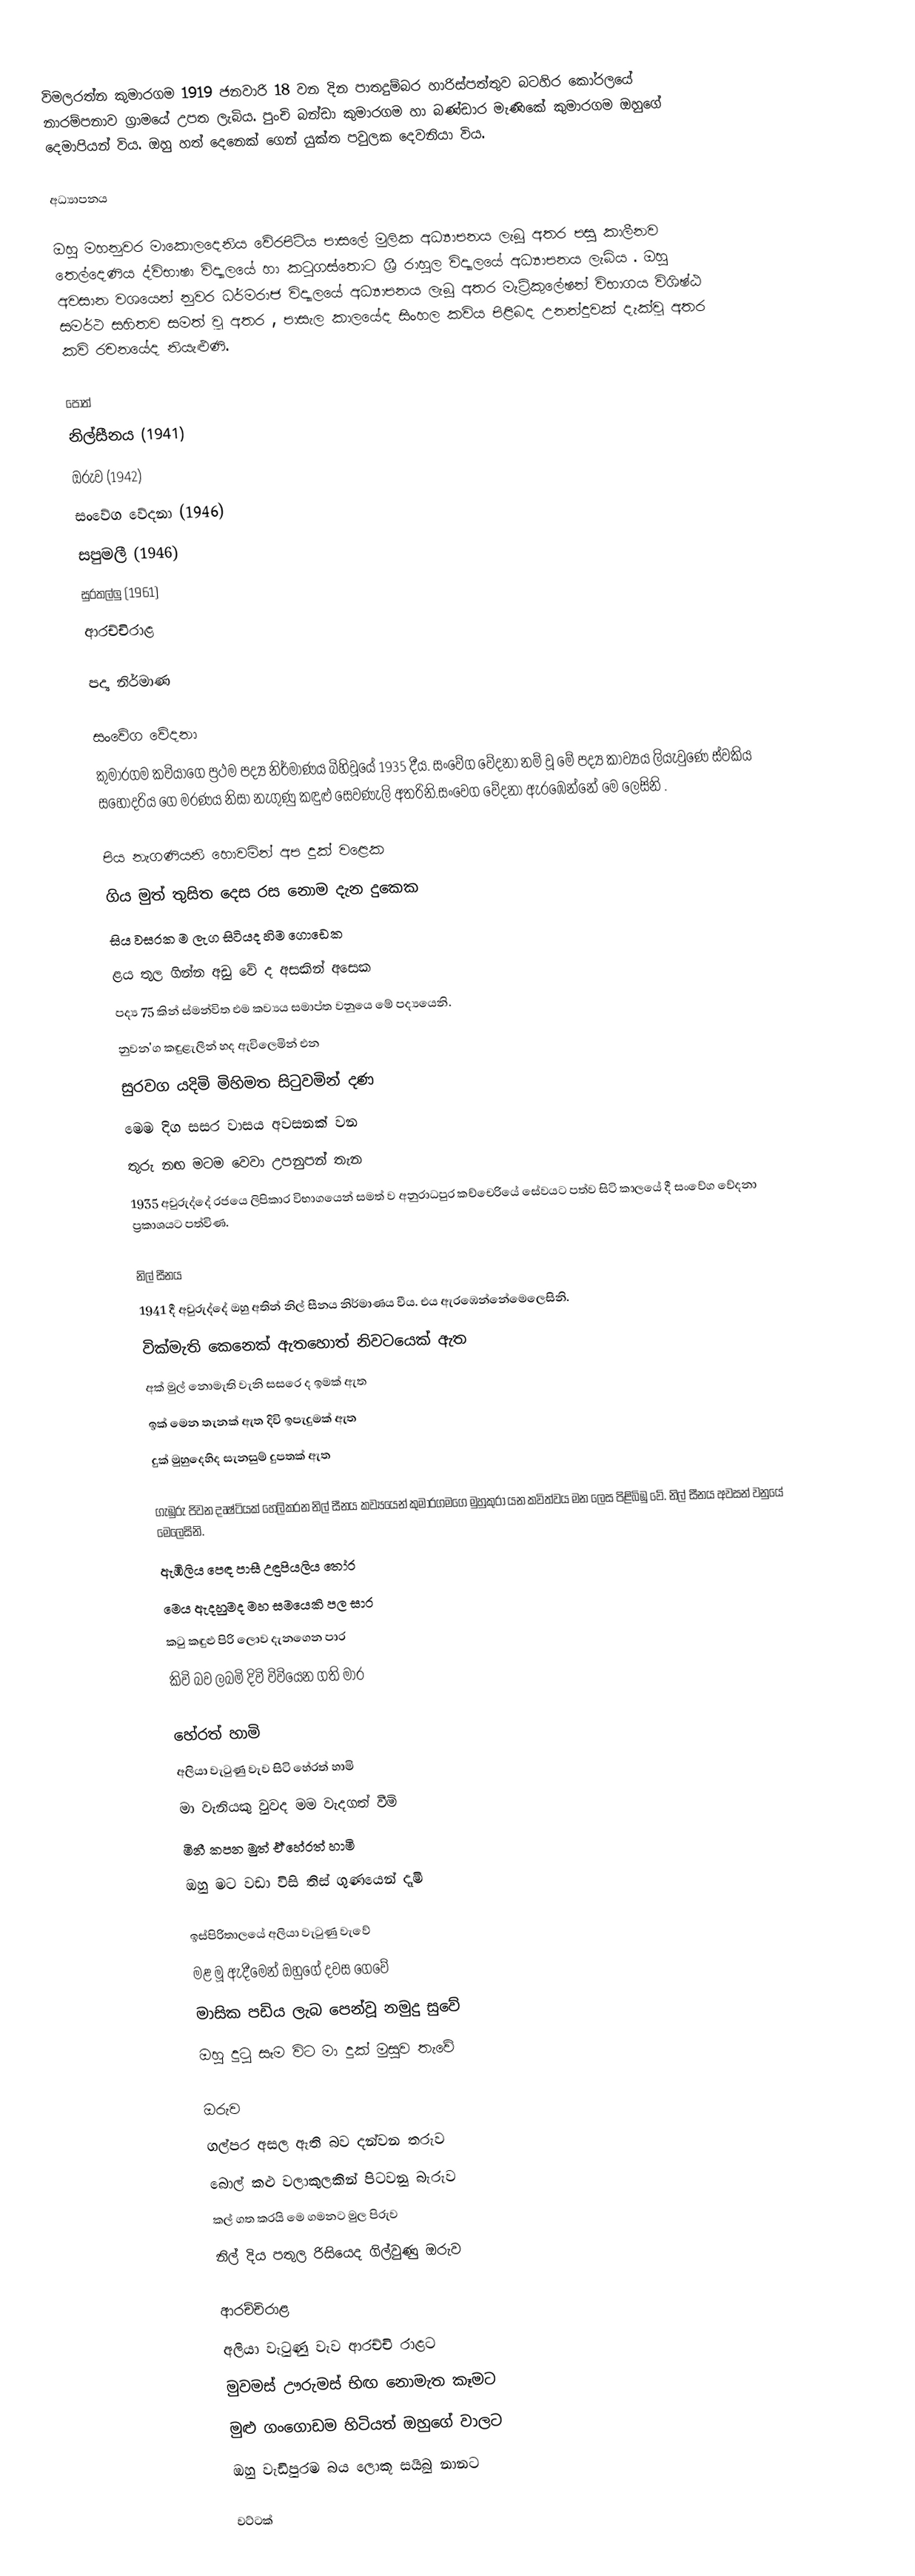
විමලරත්න කුමාරගම 1919 ජනවාරි 18 වන දින පාතදුම්බර හාරිස්පත්තුව  බටහිර කෝරලයේ නාරම්පනාව ග්‍රාමයේ උපත ලැබිය. පුංචි බන්ඩා කුමාරගම හා බණ්ඩාර මැණිකේ කුමාරගම ඔහුගේ දෙමාපියන් විය. ඔහු හත් දෙනෙක් ගෙන් යුක්ත පවුලක දෙවනියා විය.

අධ්‍යාපනය

ඔහු මහනුවර මාකොලදෙනිය වේරපිටිය පාසලේ මුලික අධ්‍යාපනය ලැබූ අතර පසු කාලීනව තෙල්දෙණිය ද්විභාෂා විද්‍යාලයේ හා කටුගස්තොට ශ්‍රී රාහුල විද්‍යාලයේ අධ්‍යාපනය ලැබිය . ඔහු අවසාන වශයෙන් නුවර ධර්මරාජ විද්‍යාලයේ අධ්‍යාපනය ලැබූ අතර මැට්‍රිකුලේෂන් විභාගය විශිෂ්ඨ සමර්ථ සහිතව සමත් වූ අතර , පාසැල කාලයේද සිංහල කවිය පිළිබද උනන්දුවක් දැක්වූ අතර කවි රචනයේද නියැළුණි.

පොත්
නිල්සීනය (1941)
ඔරුව (1942)
සංවේග වේදනා (1946)
සපුමලී (1946)
සුරතල්ලු (1961)
ආරච්චිරාළ

පද්‍ය නිර්මාණ

සංවේග වේදනා
කුමාරගම කවියාගෙ ප්‍රථම  පද්‍ය නිර්මාණය බිහිවූයේ 1935 දීය. සංවේග වේදනා නම් වූ මේ පද්‍ය කාව්‍යය ලියැවුණෙ ස්වකිය සහෝදරිය ගෙ මරණය නිසා නැගුණු කඳුළු සෙවණැලි අතරිනි.සංවෙග වේදනා ඇරඹෙන්නේ මෙ ලෙසිනි .

පිය නැගණියනි හොවමින් අප දුක්	වළෙක
ගිය මුත් තුසිත දෙස රස නොම දැන	දුකෙක
සිය වසරක ම ලැග සිටියද හිම		ගොඩෙක
ළය තුල ගින්න අඩු වේ ද අසකින්	අසෙක
පද්‍ය 75 කින් ස්මන්විත එම කව්‍යය සමාප්ත වනුයෙ  මේ පද්‍යයෙනි.
නුවන'ග කඳුළැලින් හද ඇවිලෙමින්	එන
සුරවග යදිමි මිහිමත සිටුවමින්		දණ
මෙම දිග සසර වාසය අවසනක්		වන
තුරු නඟ මටම වෙවා උපනුපන්		තැන
1935 අවුරුද්දේ රජයෙ ලිපිකාර විභාගයෙන්  සමත් ව අනුරාධපුර කච්චෙරියේ සේවයට පත්ව සිටි කාලයේ දී සංවේග වේදනා ප්‍රකාශයට පත්විණ.

නිල් සීනය
1941 දී අවුරුද්දේ ඔහු අතින් නිල් සීනය නිර්මාණය වීය. එය ඇරඹෙන්නේමෙලෙසිනි.
වික්මැති කෙනෙක් ඇතහොත් නිවටයෙක්	ඇත
අක් මුල් නොමැති වැනි සසරෙ ද ඉමක්	ඇත
ඉක් මෙන තැනක් ඇත දිවි ඉපැදුමක්	ඇත
දුක් මුහුදෙහිද සැනසුම් දුපතක්		ඇත

ගැඹුරු ජිවන දෘෂ්ටියක් හෙලිකරන  නිල් සීනය කව්‍යයෙන් කුමාරගමගෙ මුහුකුරා යන කවිත්වය  මන ලෙස පිළිබිඹු වේ. නිල් සීනය අවසන් වනුයේ මෙලෙසිනි.
ඇඹිලිය පෙඳ පාසී උඳුපියලිය		තෝර
මෙය ඇදහුමද මහ සමයෙකි පල	සාර
කටු කඳුළු පිරි ලොව දැනගෙන		පාර
කිවි බව ලබමි දිවි විවියෙන ගති	මාර

හේරත් හාමි
අලියා වැටුණු වැව ‌සිටි හේරත් 		හාමි
මා වැනියකු වුවද මම වැදගත් 		වීමි
මිනී කපන මුත් ඒ් හේරත්		හාමි
ඔහු මට වඩා විසි තිස් ගුණයෙන්	දෑමි

ඉස්පිරිතාලයේ අලියා වැටුණු		වැවේ
මළ මූ ඇදීමෙන් ඔහුගේ දවස		ගෙවේ
මාසික පඩිය ලැබ පෙන්වූ නමුදු		සුවේ
ඔහු දුටු සෑම විට මා දුක් මුසුව 	තැවේ

ඔරුව
ගල්පර අසල ඇති බව දන්වන		තරුව
බොල් කළු වලාකුලකින් පිටවනු	බැරුව
කල් ගත කරයි මෙ ගමනට මුල	පිරුව
නිල් දිය පතුල රිසියෙද ගිල්වුණු		ඔරුව

ආරච්චිරාළ
අලියා වැටුණු වැව ආරච්චි          රාළට
මුවමස් ඌරුමස් භිඟ නොමැත       කෑමට
මුළු ගංගොඩම හිටියත් ඔහුගේ       වාලට
ඔහු වැඩිපුරම බය ලොකූ සයිබු      නානට

වට්ටක්